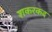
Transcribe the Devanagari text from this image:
शकरकद